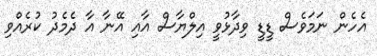
އެހެން ނަމަވެސް ޑީޑީ ވިދާޅުވީ އިލްޔާސް އާއި އޭނާ އާ ދެމެދު ކުރެއްވި